Annual report of the Punjab Veterinary College and of the Civil Veterinary Department, Punjab - 1894-1908
Year: 1894
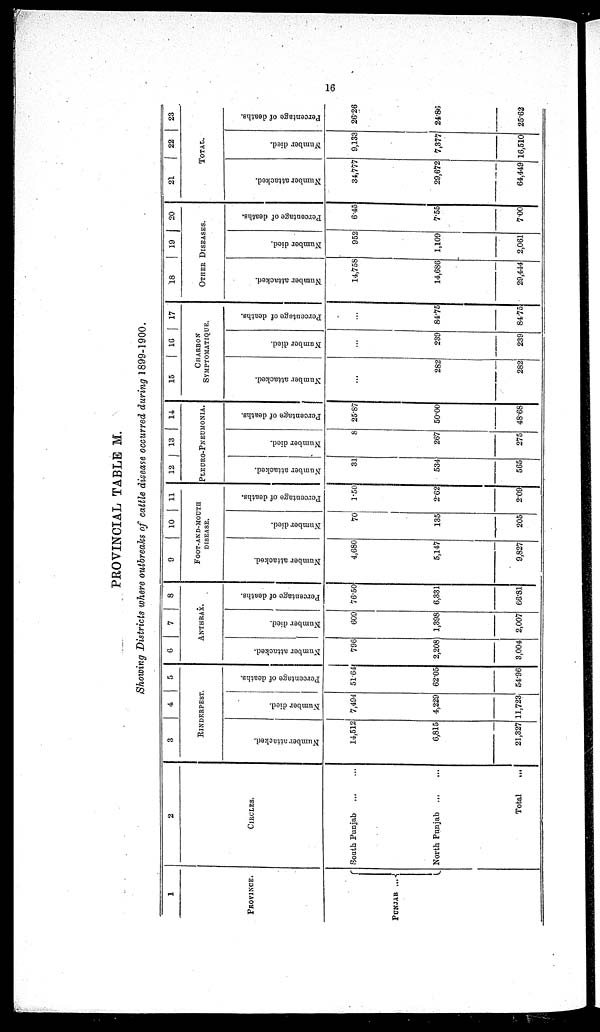
16
PROVINCIAL TABLE M.
Showing Districts where outbreaks of cattle disease occurred during 1899-1900.
1
PROVINCE.
PUNJAB
...
2
CIRCLES.
South Punjab
...
...
North Punjab
...
...
Total ...
3
4
5
RINDERPEST.
Number attacked.
14,512
6,815
21,327
Number died.
7,494
4,229
11,723
Percentage of deaths.
51.64
62.05
54.96
6 7 8
ANTHRAX.
Number attacked.
796
2,208
3,004
Number died.
609
1,398
2,007
Percentage of deaths.
76.50
6,331
66.81
9
10 11
FOOT-AND-MOUTH
DISEASE.
Number attacked.
4,680
5,147
9,827
Number died.
70
135
205
Percentage of deaths.
1.50
2.62
2.09
12 13 14
PLEURO-PNEUMONIA.
Number attacked.
31
534
565
Number died.
8
267
275
Percentage of deaths.
25.87
50.00
48.68
15
16 17
CHARBON
SYMPTOMATIQUE.
Number attacked.
...
282
282
Number died.
...
239
239
Percentage of deaths.
...
84.75
84.75
18
19
20
OTHER DISEASES.
Number attacked.
14,758
14,686
29,444
Number died.
952
1,109
2,061
Percentage of deaths.
6.45
7.55
7.00
21
22
23
TOTAL.
Number attacked.
34,777
29,672
64,449
Number died.
9,133
7,377
16,510
Percentage of deaths.
26.26
24.86
25.62